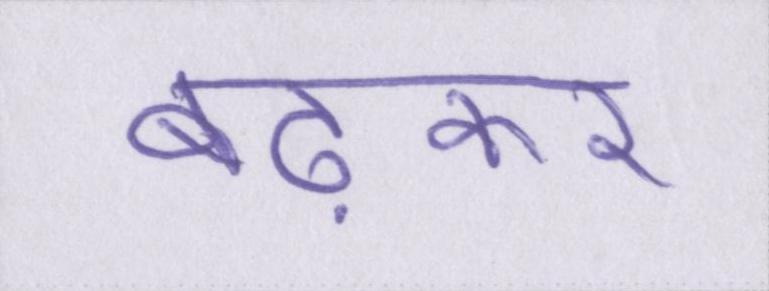
बढ़कर